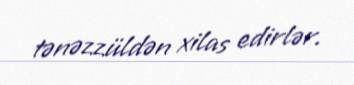
tənəzzüldən xilas edirlər.